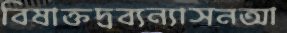
বিষাক্তদ্রব্যন্যাসনআ